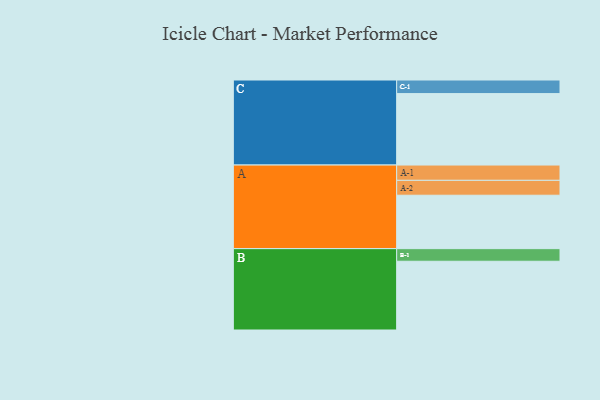
{"axis": {"x": "Segment", "y": "Value"}, "legend": ["", "A", "B", "C"], "data": [{"x": "A", "y": 377, "type": ""}, {"x": "B", "y": 485, "type": ""}, {"x": "C", "y": 504, "type": ""}, {"x": "A-1", "y": 108, "type": "A"}, {"x": "A-2", "y": 105, "type": "A"}, {"x": "B-1", "y": 89, "type": "B"}, {"x": "C-1", "y": 96, "type": "C"}]}